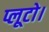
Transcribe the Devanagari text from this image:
प्लूटो।